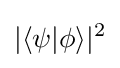
|\langle \psi |\phi \rangle |^{2}